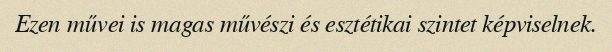
Ezen művei is magas művészi és esztétikai szintet képviselnek.